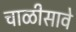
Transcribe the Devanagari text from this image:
चाळीसावे